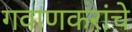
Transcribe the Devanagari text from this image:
गवाणकरांचे